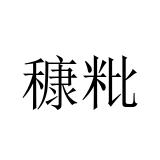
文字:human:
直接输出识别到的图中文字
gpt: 穅粃